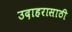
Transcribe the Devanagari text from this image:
उदाहरासाठी